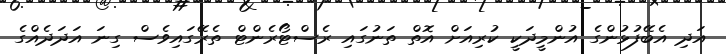
އަދި އެބޭފުޅުންގެ އުންމީދަކީ ކުރިއަށް އޮތް ތަނުގައި ރެސްޓޯރެންޓް ތެރޭގައިވެސް ގިނަ އަދަދެއްގެ